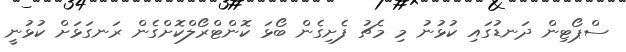
ސްޕޯޓިން ދަނޑުގައި ކުޅުނު މި މެޗު ފެށިގެން ބޯޅަ ކޮންޓްރޯލްކޮށްގެން ރަނގަޅަށް ކުޅުނީ